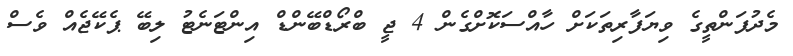
މެދުފަންތީގެ ވިޔަފާރިތަކަށް ހާއްސަކޮށްގެން 4 ޖީ ބްރޯޑްބޭންޑް އިންޓަނެޓު ލިބޭ ޕެކޭޖެއް ވެސް